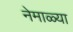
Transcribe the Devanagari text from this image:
नेमाळ्या